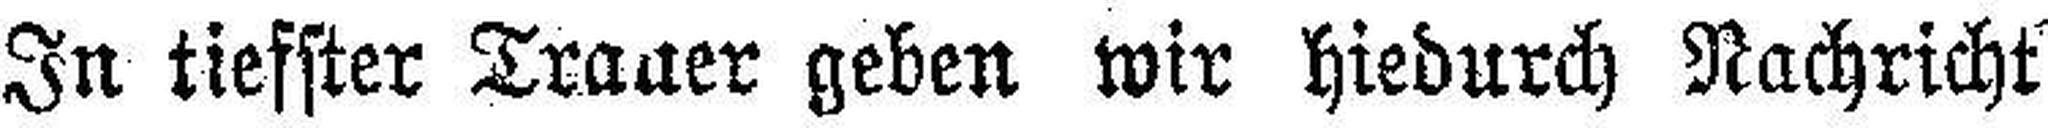
In tiefster Trauer geben wir hiedurch Nachricht